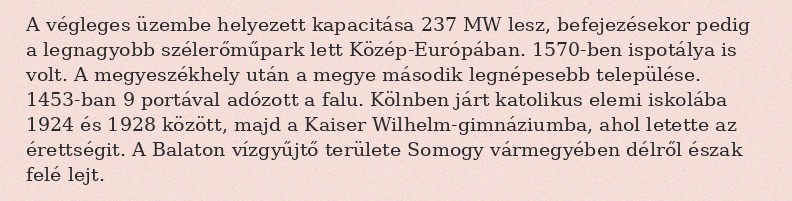
A végleges üzembe helyezett kapacitása 237 MW lesz, befejezésekor pedig a legnagyobb szélerőműpark lett Közép-Európában. 1570-ben ispotálya is volt. A megyeszékhely után a megye második legnépesebb települése. 1453-ban 9 portával adózott a falu. Kölnben járt katolikus elemi iskolába 1924 és 1928 között, majd a Kaiser Wilhelm-gimnáziumba, ahol letette az érettségit. A Balaton vízgyűjtő területe Somogy vármegyében délről észak felé lejt.